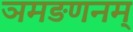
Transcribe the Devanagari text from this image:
ञमङणनम्